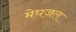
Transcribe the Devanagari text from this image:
मेघजल